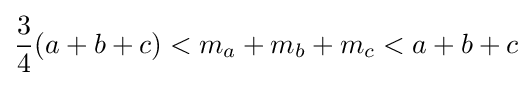
{\frac {3}{4}}(a+b+c)<m_{a}+m_{b}+m_{c}<a+b+c